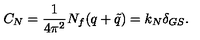
C _ { N } = { \frac { 1 } { 4 \pi ^ { 2 } } } N _ { f } ( q + { \tilde { q } } ) = k _ { N } \delta _ { G S } .